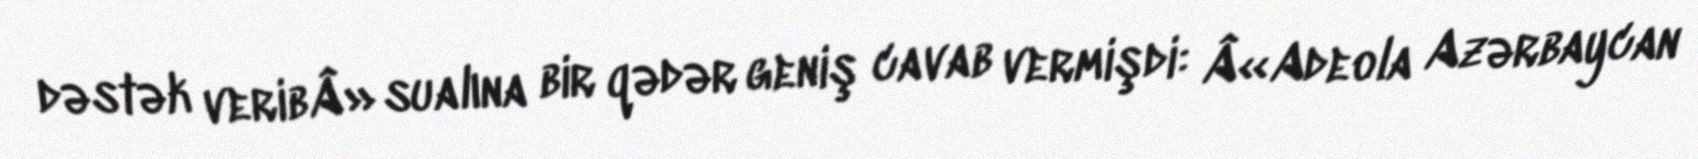
dəstək veribÂ» sualına bir qədər geniş cavab vermişdi: Â«Adeola Azərbaycan